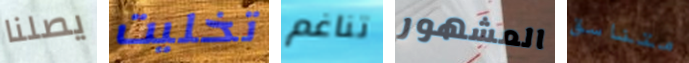
يصلنا تخليت تناغم المشهور متناسق